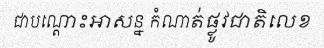
ជាបណ្តោះអាសន្ន កំណាត់ផ្លូវជាតិលេខ